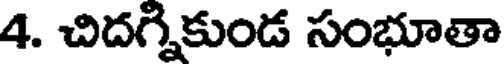
4. చిదగ్నికుండ సంభూతా